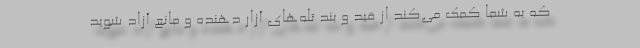
که به شما کمک می‌کند از قید و بند تله‌های آزار دهنده و مانع آزاد شوید